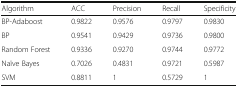
<table><thead><tr><td><b>Algorithm</b></td><td><b>ACC</b></td><td><b>Precision</b></td><td><b>Recall</b></td><td><b>Specificity</b></td></tr></thead><tbody><tr><td>BP-Adaboost</td><td>0.9822</td><td>0.9576</td><td>0.9797</td><td>0.9830</td></tr><tr><td>BP</td><td>0.9541</td><td>0.9429</td><td>0.9736</td><td>0.9800</td></tr><tr><td>Random Forest</td><td>0.9336</td><td>0.9270</td><td>0.9744</td><td>0.9772</td></tr><tr><td>Naïve Bayes</td><td>0.7026</td><td>0.4831</td><td>0.9721</td><td>0.5987</td></tr><tr><td>SVM</td><td>0.8811</td><td>1</td><td>0.5729</td><td>1</td></tr></tbody></table>